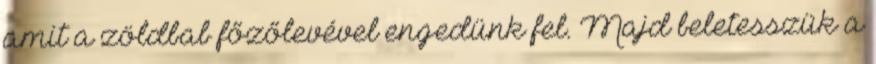
amit a zöldbab főzőlevével engedünk fel. Majd beletesszük a